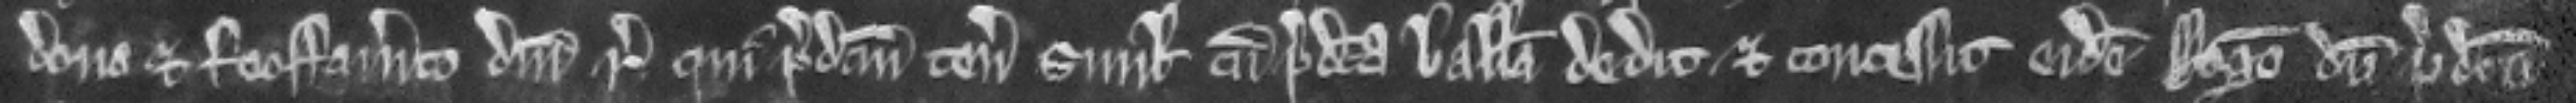
dono et feoffamento domini regis qui predictum tenementum simul cum predicta balliva dedit et concessit eidem Rogero dum predicta